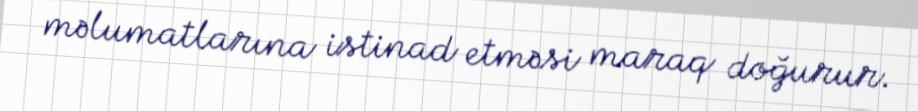
məlumatlarına istinad etməsi maraq doğurur.